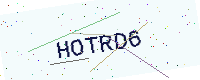
Text: HOTRD6